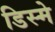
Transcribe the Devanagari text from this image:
डिस्मे